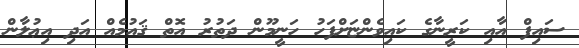
ސައިފް އާއި ކަރީނާގެ ކައިވެންޏަށްފަހު ހަނީމޫން ދަތުރު އޮތް ޤައުމެއް އަދި އިޢުލާން